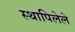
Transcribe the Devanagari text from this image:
स्थापिलेले